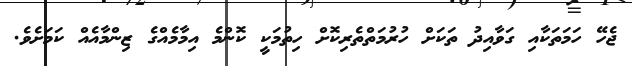
ޖެހޭ ހަމަތަކާއި ގަވާއިދު ތަކަށް ހުރުމަތްތެރިކޮށް ހިތުމަކީ ކޮންމެ އިމާމެއްގެ ޒިންމާއެއް ކަމަށެވެ.